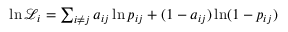
\begin{array} { r } { \ln \mathcal { L } _ { i } = \sum _ { i \neq j } a _ { i j } \ln p _ { i j } + ( 1 - a _ { i j } ) \ln ( 1 - p _ { i j } ) } \end{array}